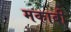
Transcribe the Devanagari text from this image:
मकाबी